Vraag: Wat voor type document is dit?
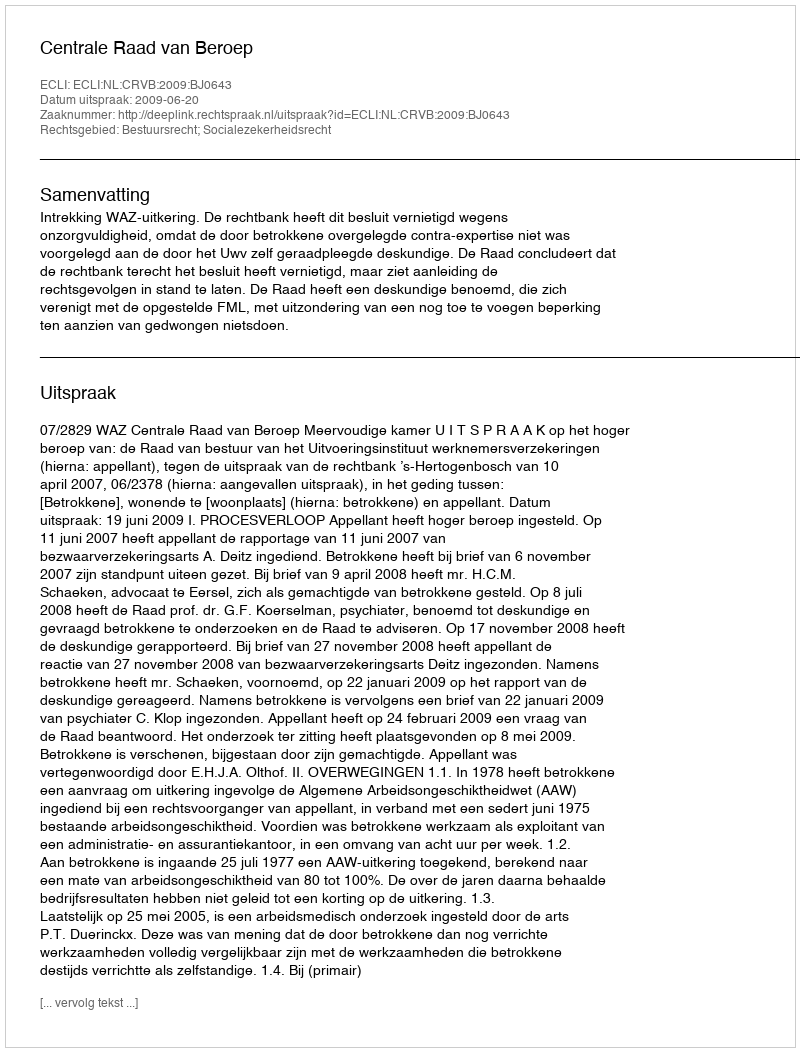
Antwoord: Uitspraak